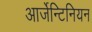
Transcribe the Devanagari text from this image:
आर्जेन्टिनियन